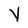
Character: V